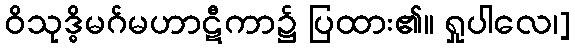
ဝိသုဒ္ဓိမဂ်မဟာဋီကာ၌ ပြထား၏။ ရှုပါလေ၊]